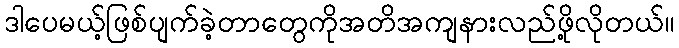
ဒါပေမယ့်ဖြစ်ပျက်ခဲ့တာတွေကိုအတိအကျနားလည်ဖို့လိုတယ်။